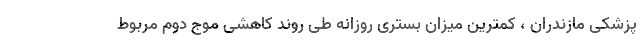
پزشکی مازندران ، کمترین میزان بستری روزانه طی روند کاهشی موج دوم مربوط